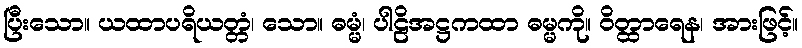
ပြီးသော။ ယထာပရိယတ္တံ၊ သော။ ဓမ္မံ၊ ပါဠိအဋ္ဌကထာ ဓမ္မကို။ ဝိတ္ထာရေန၊ အားဖြင့်။